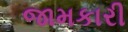
જામકારી